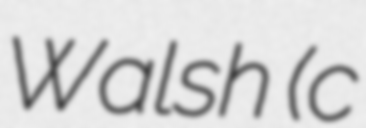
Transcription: Walsh (c